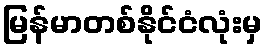
မြန်မာတစ်နိုင်ငံလုံးမှ